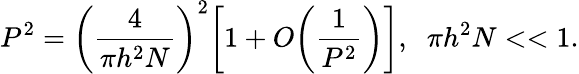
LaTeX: P^{2}=\bigg(\frac{4}{\pi h^{2}N}\bigg)^{2}\bigg[1+O\bigg(\frac{1}{P^{2}}\bigg)\bigg],\; \; \pi h^{2}N<<1.